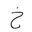
Letter: _kha